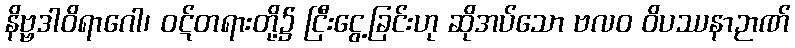
နိဗ္ဗဒါဝိရာဂေါ၊ ဝဋ်တရားတို့၌ ငြီးငွေ့ခြင်းဟု ဆိုအပ်သော ဗလဝ ဝိပဿနာဉာဏ်